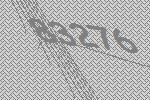
83276